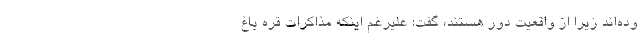
وده‌اند زیرا از واقعیت دور هستند، گفت: علیرغم اینکه مذاکرات قره باغ